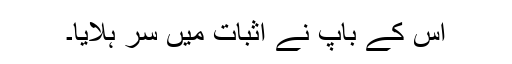
اس کے باپ نے اثبات میں سر ہلایا۔